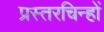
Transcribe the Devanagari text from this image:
प्रस्तरचिन्हों